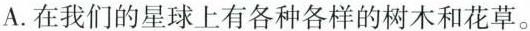
A.在我们的星球上有各种各样的树木和花草。